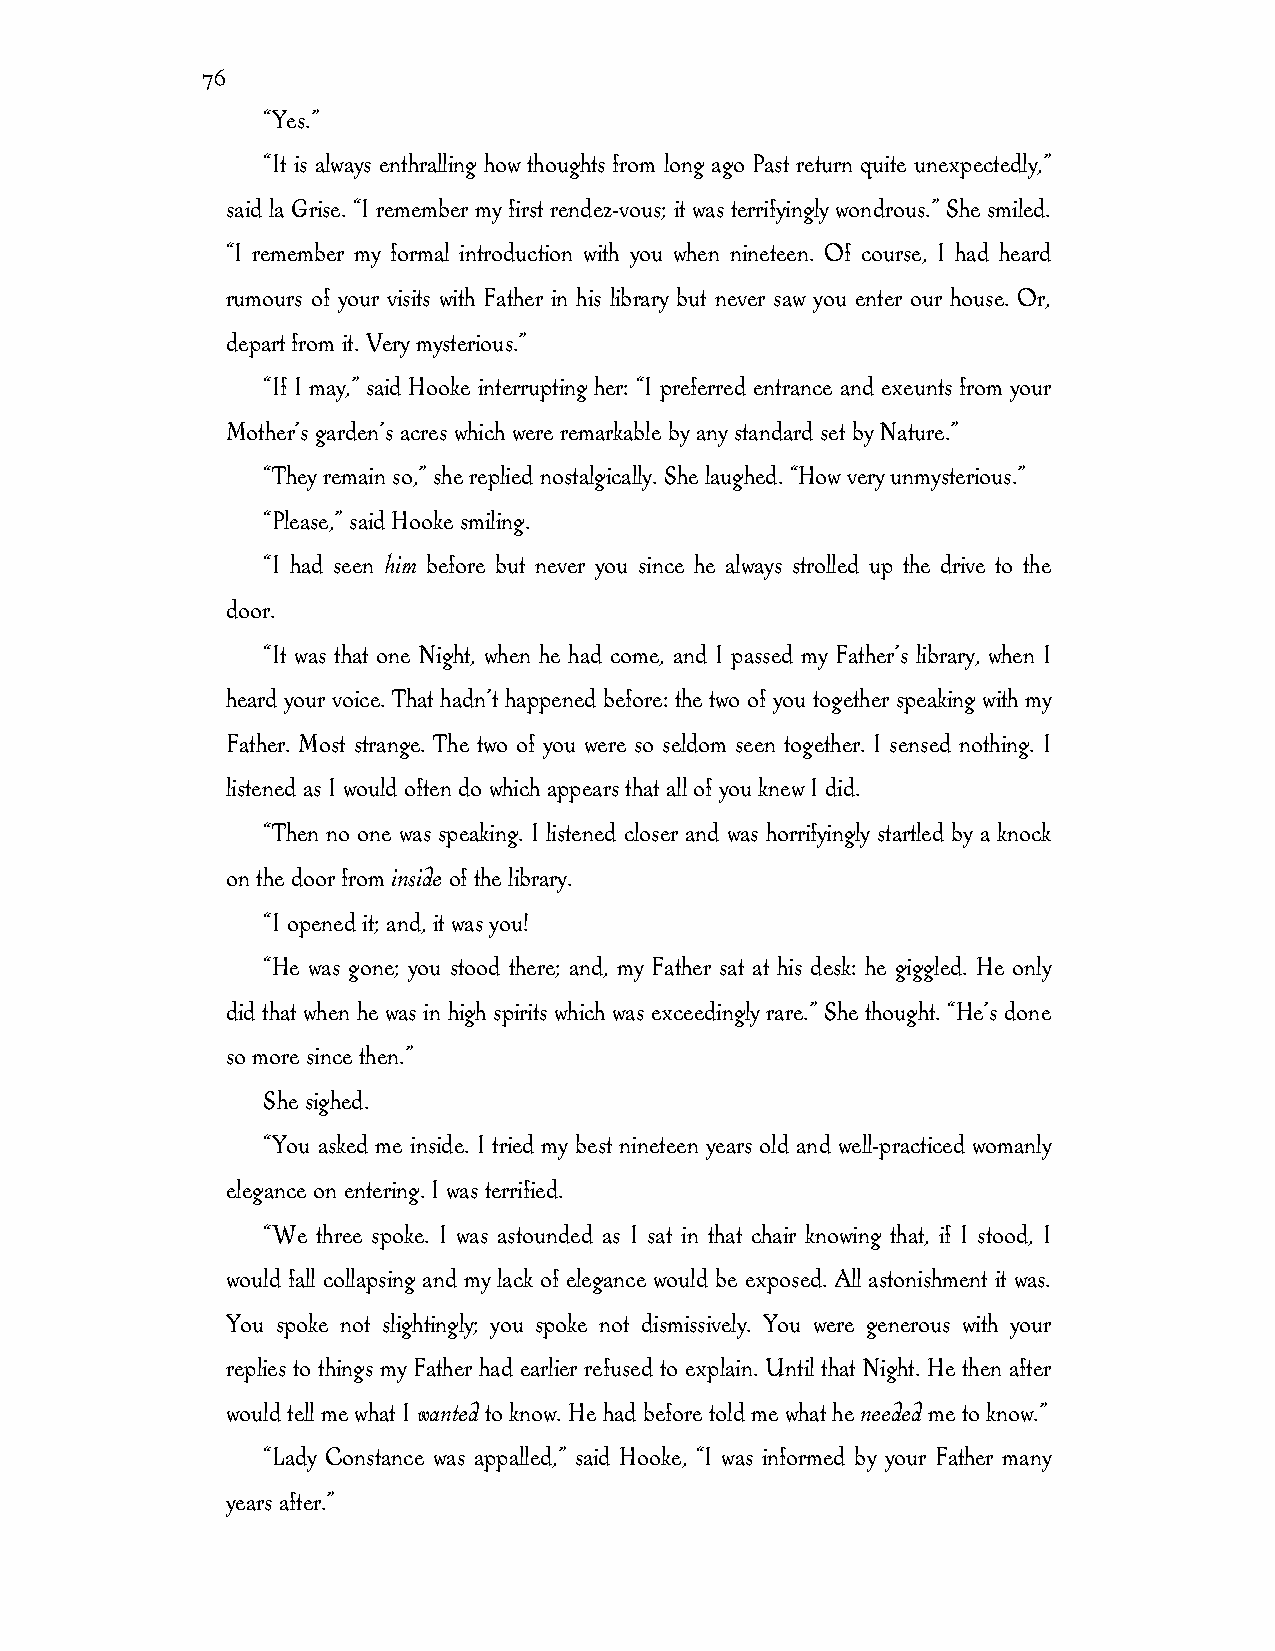
76
 “Yes.”
 “It is always enthralling how thoughts from long ago Past return quite unexpectedly,”
 said la Grise. “I remember my first rendez-vous; it was terrifyingly wondrous.” She smiled.
 “I remember my formal introduction with you when nineteen. Of course, I had heard
 rumours of your visits with Father in his library but never saw you enter our house. Or,
 depart from it. Very mysterious.”
 “If I may,” said Hooke interrupting her: “I preferred entrance and exeunts from your
 Mother’s garden’s acres which were remarkable by any standard set by Nature.”
 “They remain so,” she replied nostalgically. She laughed. “How very unmysterious.”
 “Please,” said Hooke smiling.
 “I had seen him before but never you since he always strolled up the drive to the
 door.
 “It was that one Night, when he had come, and I passed my Father’s library, when I
 heard your voice. That hadn’t happened before: the two of you together speaking with my
 Father. Most strange. The two of you were so seldom seen together. I sensed nothing. I
 listened as I would often do which appears that all of you knew I did.
 “Then no one was speaking. I listened closer and was horrifyingly startled by a knock
 on the door from inside of the library.
 “I opened it; and, it was you!
 “He was gone; you stood there; and, my Father sat at his desk: he giggled. He only
 did that when he was in high spirits which was exceedingly rare.” She thought. “He’s done
 so more since then.”
 She sighed.
 “You asked me inside. I tried my best nineteen years old and well-practiced womanly
 elegance on entering. I was terrified.
 “We three spoke. I was astounded as I sat in that chair knowing that, if I stood, I
 would fall collapsing and my lack of elegance would be exposed. All astonishment it was.
 You spoke not slightingly; you spoke not dismissively. You were generous with your
 replies to things my Father had earlier refused to explain. Until that Night. He then after
 would tell me what I wanted to know. He had before told me what he needed me to know.”
 “Lady Constance was appalled,” said Hooke, “I was informed by your Father many
 years after.”